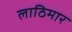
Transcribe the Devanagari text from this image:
लाठिमार